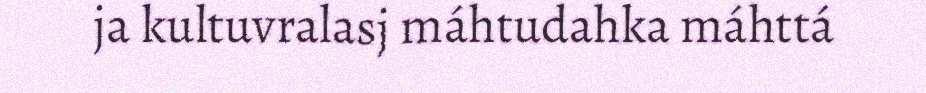
ja kultuvralasj máhtudahka máhttá